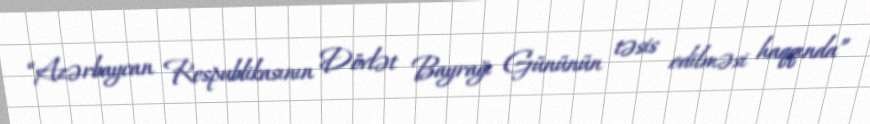
“Azərbaycan Respublikasının Dövlət Bayrağı Gününün təsis edilməsi haqqında”